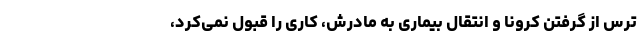
ترس از گرفتن کرونا و انتقال بیماری به مادرش، کاری را قبول نمی‌کرد،